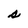
Character: s